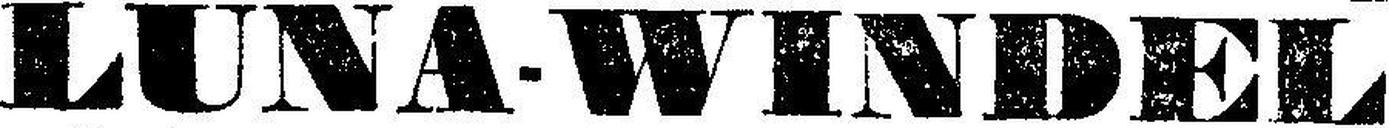
LUNA-WINDEL